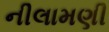
નીલામણી